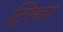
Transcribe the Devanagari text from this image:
ट्स्चिप